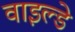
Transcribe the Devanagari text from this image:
वाइल्डे